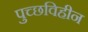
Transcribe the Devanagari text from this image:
पुच्छविहीन